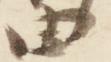
由